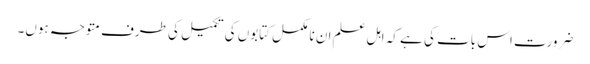
ضرورت اس بات کی ہے کہ اہل علم ان نا مکمل کتابوں کی تکمیل کی طرف متوجہ ہوں۔